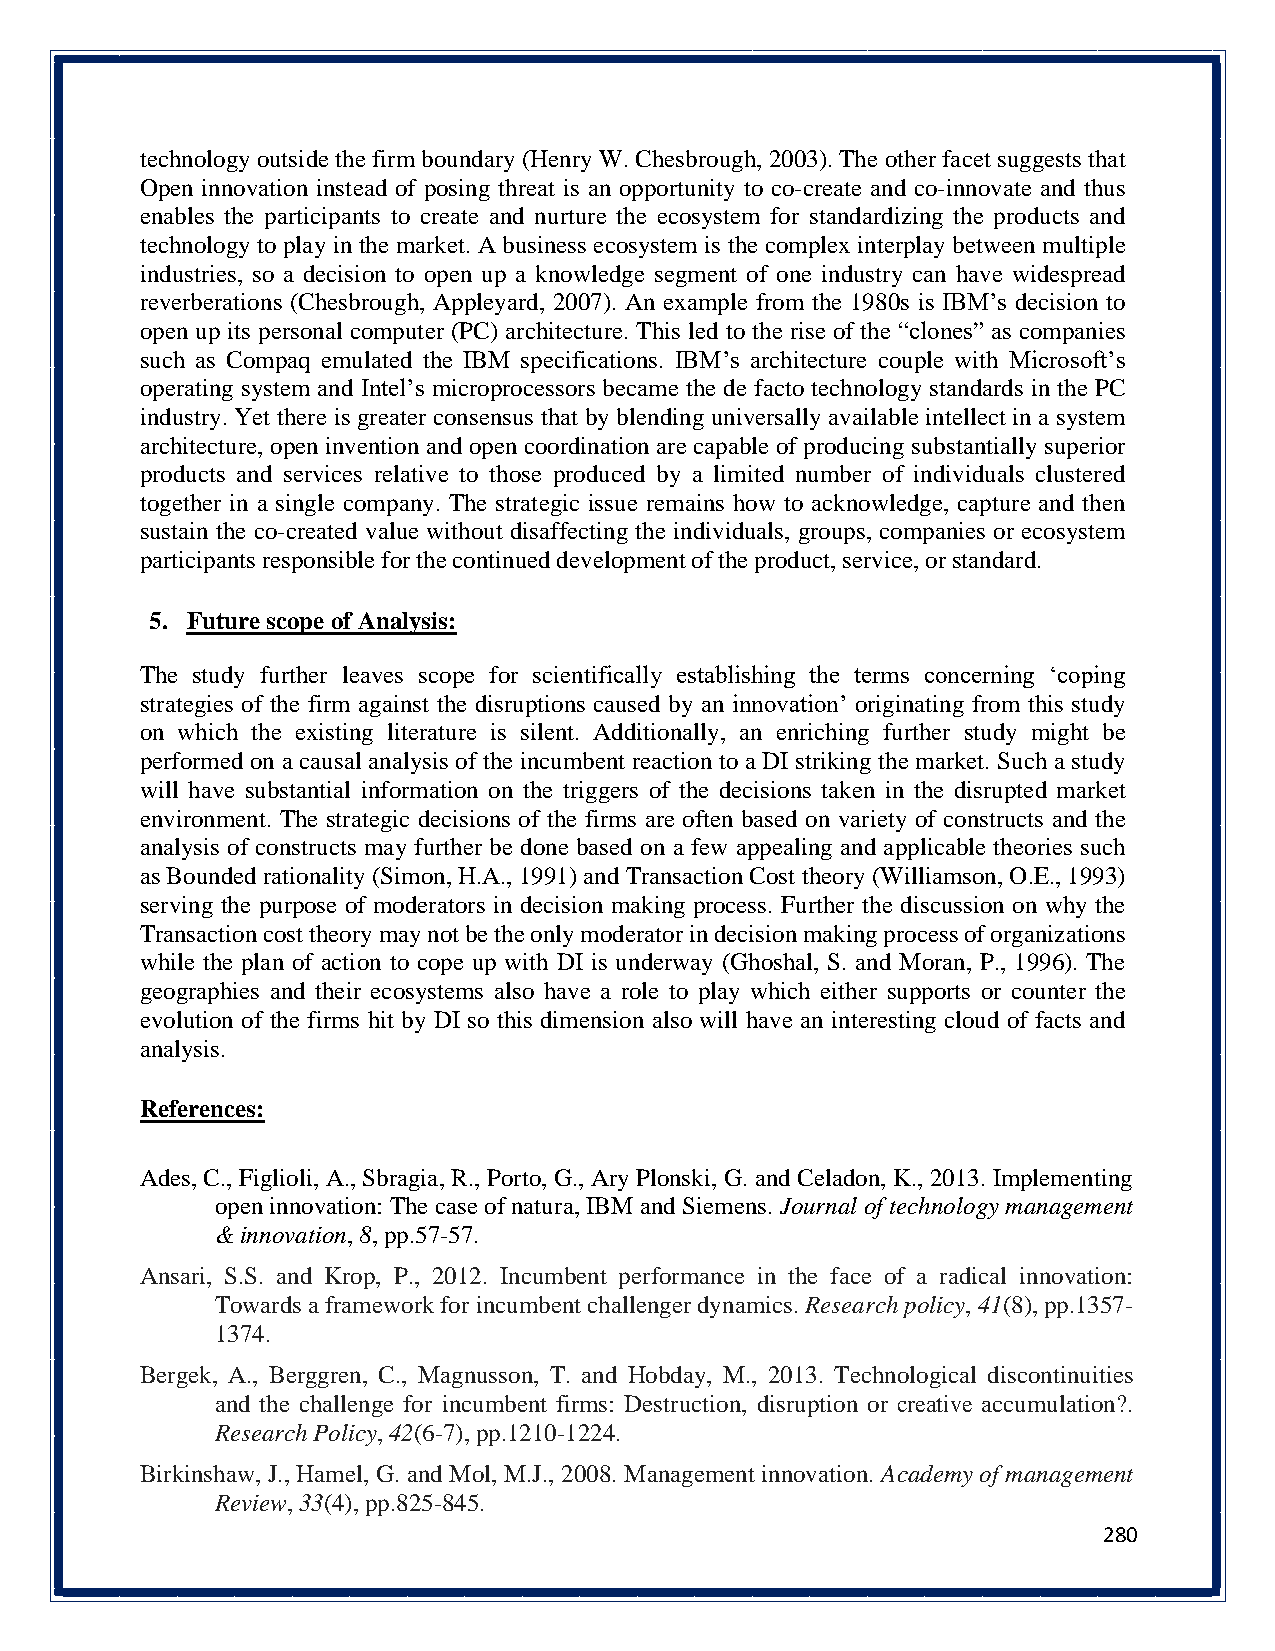
technology outside the firm boundary (Henry W. Chesbrough, 2003). The other facet suggests that
 Open innovation instead of posing threat is an opportunity to co-create and co-innovate and thus
 enables the participants to create and nurture the ecosystem for standardizing the products and
 technology to play in the market. A business ecosystem is the complex interplay between multiple
 industries, so a decision to open up a knowledge segment of one industry can have widespread
 reverberations (Chesbrough, Appleyard, 2007). An example from the 1980s is IBM’s decision to
 open up its personal computer (PC) architecture. This led to the rise of the “clones” as companies
 such as Compaq emulated the IBM specifications. IBM’s architecture couple with Microsoft’s
 operating system and Intel’s microprocessors became the de facto technology standards in the PC
 industry. Yet there is greater consensus that by blending universally available intellect in a system
 architecture, open invention and open coordination are capable of producing substantially superior
 products and services relative to those produced by a limited number of individuals clustered
 together in a single company. The strategic issue remains how to acknowledge, capture and then
 sustain the co-created value without disaffecting the individuals, groups, companies or ecosystem
 participants responsible for the continued development of the product, service, or standard.
 5. Future scope of Analysis:
 The study further leaves scope for scientifically establishing the terms concerning ‘coping
 strategies of the firm against the disruptions caused by an innovation’ originating from this study
 on which the existing literature is silent. Additionally, an enriching further study might be
 performed on a causal analysis of the incumbent reaction to a DI striking the market. Such a study
 will have substantial information on the triggers of the decisions taken in the disrupted market
 environment. The strategic decisions of the firms are often based on variety of constructs and the
 analysis of constructs may further be done based on a few appealing and applicable theories such
 as Bounded rationality (Simon, H.A., 1991) and Transaction Cost theory (Williamson, O.E., 1993)
 serving the purpose of moderators in decision making process. Further the discussion on why the
 Transaction cost theory may not be the only moderator in decision making process of organizations
 while the plan of action to cope up with DI is underway (Ghoshal, S. and Moran, P., 1996). The
 geographies and their ecosystems also have a role to play which either supports or counter the
 evolution of the firms hit by DI so this dimension also will have an interesting cloud of facts and
 analysis.
 References:
 Ades, C., Figlioli, A., Sbragia, R., Porto, G., Ary Plonski, G. and Celadon, K., 2013. Implementing
 open innovation: The case of natura, IBM and Siemens. Journal of technology management
 & innovation, 8, pp.57-57.
 Ansari, S.S. and Krop, P., 2012. Incumbent performance in the face of a radical innovation:
 Towards a framework for incumbent challenger dynamics. Research policy, 41(8), pp.1357-
 1374.
 Bergek, A., Berggren, C., Magnusson, T. and Hobday, M., 2013. Technological discontinuities
 and the challenge for incumbent firms: Destruction, disruption or creative accumulation?.
 Research Policy, 42(6-7), pp.1210-1224.
 Birkinshaw, J., Hamel, G. and Mol, M.J., 2008. Management innovation. Academy of management
 Review, 33(4), pp.825-845.
 280